Papaver somniferum - Opium : an extract from the sixth volume of the Dictionary of Economic Products of India
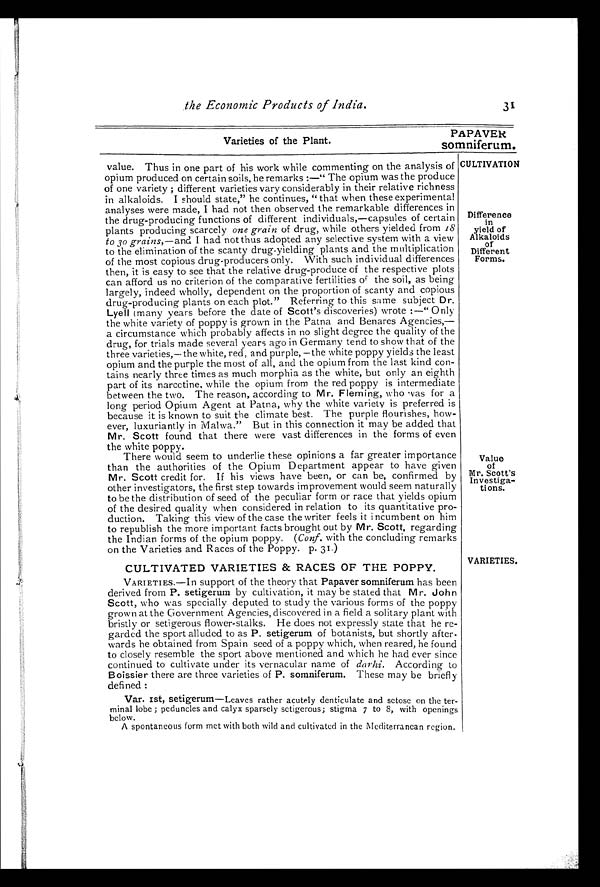
the Economic Products of India.
31
PAPAVER
Varieties of the Plant.
somniferum.
C ULTIVATION
Difference
in
yield of
Alkaloids
of
Different
Forms.
value. Thus in one part of his work while commenting on the analysis of
opium produced on certain soils, he remarks :—" The opium was the produce
of one variety ; different varieties vary considerably in their relative richness
in alkaloids. I should state," he continues, " that when these experimental
analyses were made, I had not then observed the remarkable differences in
the drug-producing functions of different individuals,—capsules of certain
plants producing scarcely one grain of drug, while others yielded from
1 8
to 30 grains,—and I had not thus adopted any selective system with a view
to the elimination of the scanty drug-yielding plants and the multiplication
of the most copious drug-producers only. With such individual differences
then, it is easy to see that the relative drug-produce of the respective plots
can afford us no criterion of the comparative fertilities of the soil, as being
largely, indeed wholly, dependent on the proportion of scanty and copious
drug-producing plants on each plot." Referring to this same subject Dr.
Lyell (many years before the date of Scott's discoveries) wrote :—" Only
the white variety of poppy is grown in the Patna and Benares Agencies,
—
a circumstance which probably affects in no slight degree the quality of the
drug, for trials made several years ago in Germany tend to show that of the
three varieties,—the white, red, and purple, —the white poppy yield.; the least
opium and the purple the most of all, and the opium from the last kind con
-
tains nearly three times as much morphia as the white, but only an eighth
part of its narcctine, while the opium from the red poppy is intermediate
between the two. The reason, according to Mr. Fleming, who was for a
long period Opium Agent at Patna, why the white variety is preferred is
because it is known to suit the climate best. The purple flourishes, how
-
ever, luxuriantly in Malwa." But in this connection it may be added that
Mr. Scott found that there were vast differences in the forms of even
the white poppy.
There would seem to underlie these opinions a far greater importance
than the authorities of the Opium Department appear to have given
Mr. Scott credit for. If his views have been, or can be, confirmed by
other investigators, the first step towards improvement would seem naturally
to be the distribution of seed of the peculiar form or race that yields opium
of the desired quality when considered in relation to its quantitative pro
-
duction. Taking this view of the case the writer feels it incumbent on him
to republish the more important facts brought out by Mr. Scott, regarding
the Indian forms of the opium poppy. (Conf. with the concluding remarks
on the Varieties and Races of the Poppy. p. 31.)
CULTIVATED VARIETIES & RACES OF THE POPPY.
VARIETIES.—I n support of the theory that Papaver somniferum has been
derived from P. setigerum by cultivation, it may be stated that Mr. John
Scott, who was specially deputed to study the various forms of the poppy
grown at the Government Agencies, discovered in a field a solitary plant with
bristly or setigerous flower-stalks. He does not expressly state that he re
-
garded the sport alluded to as P. setigerum of botanists, but shortly after
-
wards he obtained from Spain seed of a poppy which, when reared, he found
to closely resemble the sport above mentioned and which he had ever since
continued to cultivate under its vernacular name of darhi. According to
Boissier there are three varieties of P. somniferum. These may be briefly
defined :
Var. Ist, setigerum—Leaves rather acutely denticulate and setose on the ter
-
minal lobe ; peduncles and calyx sparsely setigerous; stigma 7to 8, with openings
below.
A spontaneous form met with both wild and cultivated in the Mediterranean region.
Value
of
Mr. Scott's
Investiga-
tions.
VARIETIES.